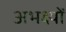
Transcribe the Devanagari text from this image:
अभक्ष्यों